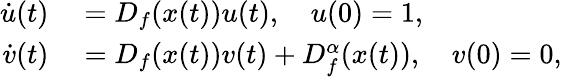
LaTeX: \begin{array}{rl}{\dot{u}(t)}&{{}=D_{f}(x(t))u(t),\quad u(0)=1,}\\ {\dot{v}(t)}&{{}=D_{f}(x(t))v(t)+D_{f}^{\alpha}(x(t)),\quad v(0)=0,}\end{array}